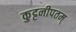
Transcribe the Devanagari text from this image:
कुट्टनीपतम्